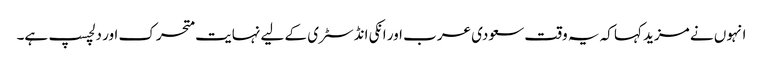
انہوں نے مزید کہا کہ یہ وقت سعودی عرب اور انکی انڈسٹری کے لیے نہایت متحرک اور دلچسپ ہے۔